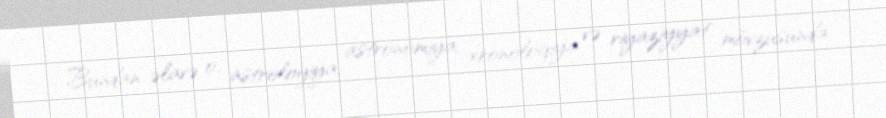
Bundan əlavə o, astrologiya, astronomiya, xronologiya və riyaziyyat mövzusunda